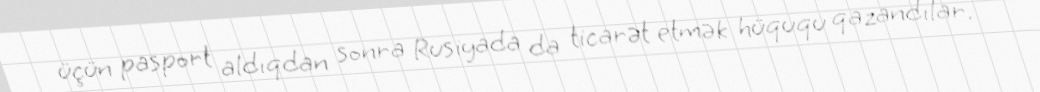
üçün pasport aldıqdan sonra Rusiyada da ticarət etmək hüququ qazandılar.